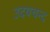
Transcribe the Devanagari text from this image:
उदयचन्द